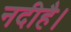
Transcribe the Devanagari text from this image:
नदीहै।